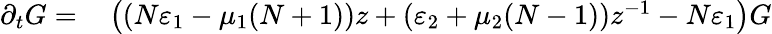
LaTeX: \begin{array}{rl}{\partial_{t}G=}&{{}\left((N\varepsilon_{1}-\mu_{1}(N+1))z+(\varepsilon_{2}+\mu_{2}(N-1))z^{-1}-N\varepsilon_{1}\right)G}\end{array}